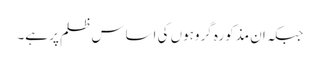
جبکہ ان مذکورہ گروہوں کی اساس ظلم پر ہے۔